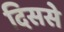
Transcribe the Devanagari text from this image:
दिससे